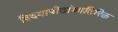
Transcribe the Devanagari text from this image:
विदयापीठांव्यतिरिक्त